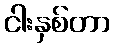
ငါးနှစ်တာ